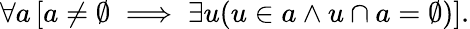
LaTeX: \forall a\, [a\neq\emptyset\implies\exists u(u\in a\land u\cap a=\emptyset)].